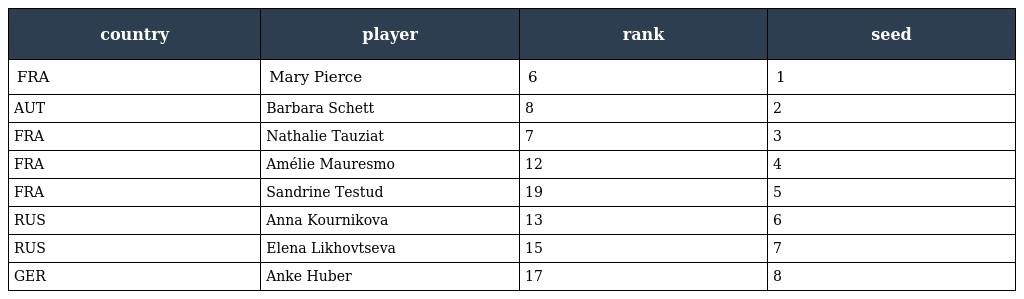
| country | player | rank | seed |
 | --- | --- | --- | --- |
 | FRA | Mary Pierce | 6 | 1 |
 | AUT | Barbara Schett | 8 | 2 |
 | FRA | Nathalie Tauziat | 7 | 3 |
 | FRA | Amélie Mauresmo | 12 | 4 |
 | FRA | Sandrine Testud | 19 | 5 |
 | RUS | Anna Kournikova | 13 | 6 |
 | RUS | Elena Likhovtseva | 15 | 7 |
 | GER | Anke Huber | 17 | 8 |